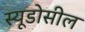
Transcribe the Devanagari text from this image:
स्यूडोसील